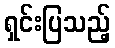
ရှင်းပြသည့်